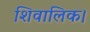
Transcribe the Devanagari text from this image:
शिवालिक।